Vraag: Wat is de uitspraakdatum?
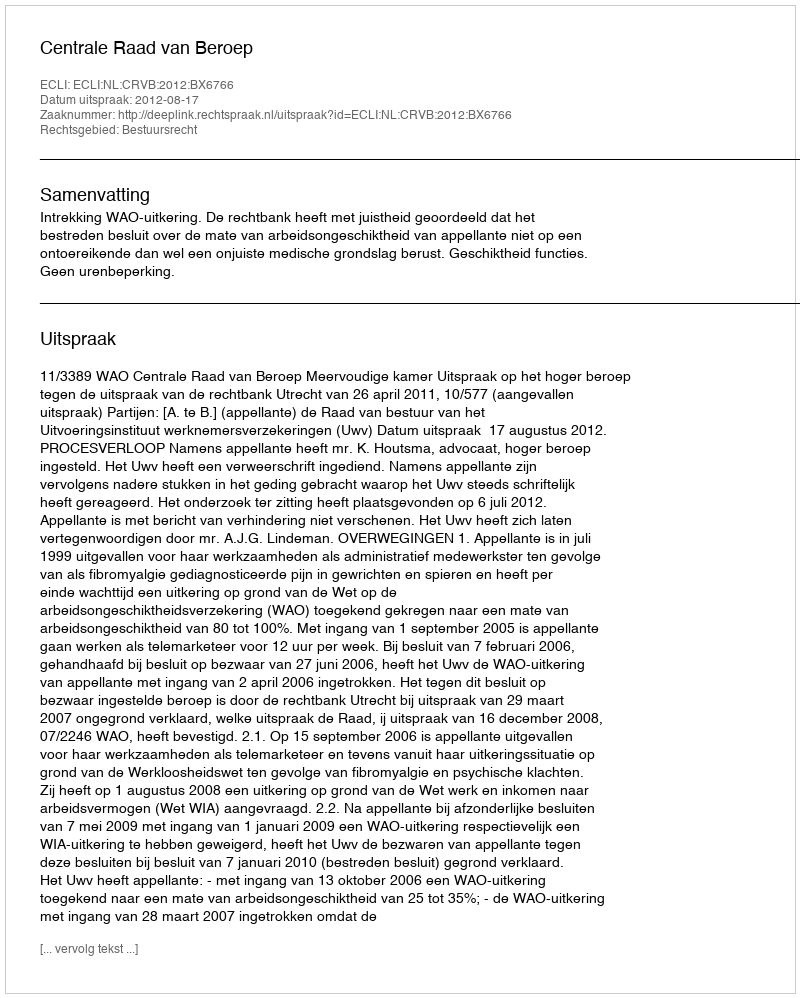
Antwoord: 2012-08-17